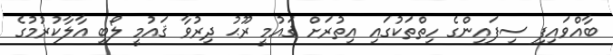
ބާއްވައިފި ސިފައިންގެ ހިތްތަކުގައި އިތުރަށް ޤައުމީ ރޫޙު ދިރުވާ ޤައުމީ ލޯބި އާލާކުރުމުގެ